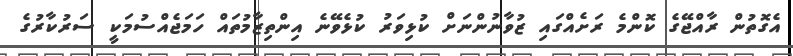
އެގޮތުން ރާއްޖޭގެ ކޮންމެ ރަށެއްގައި ޒުވާނުންނަށް ކުޅިވަރު ކުޅެވޭނެ އިންތިޒާމުތައް ހަމަޖެއްސުމަކީ ސަރުކާރުގެ